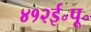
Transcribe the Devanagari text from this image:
४१२ई॰पू॰